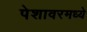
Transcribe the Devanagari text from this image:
पेशावरमध्ये